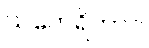
သတေရိတာဝ